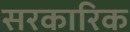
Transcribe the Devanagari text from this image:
सरकारिक